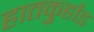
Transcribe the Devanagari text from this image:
हातकु्र्हाड